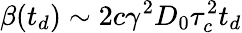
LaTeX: \beta(t_{d})\sim 2c\gamma^{2}D_{0}\tau_{c}^{2}t_{d}